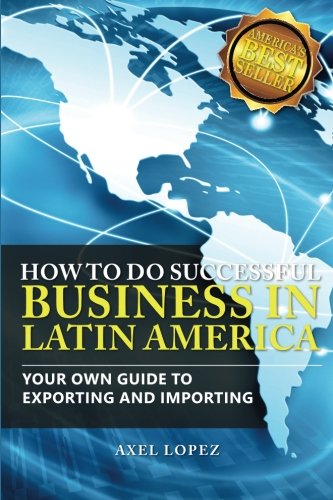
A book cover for How To Do Successful Business in Latin America: Your Own Guide to Export and Import; Axel Lopez; Business & Money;